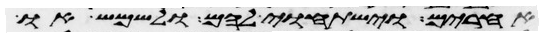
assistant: אחרים וישתחוי להם ולשמש או